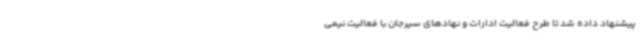
پیشنهاد داده شد تا طرح فعالیت ادارات و نهادهای سیرجان با فعالیت نیمی